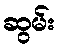
ဆွမ်း